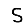
Digit: 5